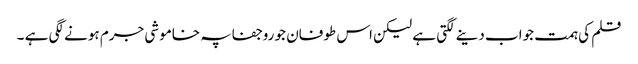
قلم کی ہمت جواب دینے لگتی ہے لیکن اس طوفان جو روجفاپہ خاموشی جرم ہونے لگی ہے ۔